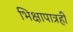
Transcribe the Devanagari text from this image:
भिक्षापात्रही